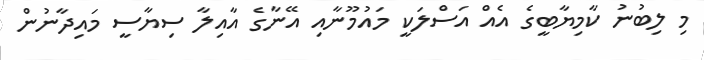
މި ލިބުނު ކާމިޔާބީގެ އެއް އަސްލަކީ މައުމޫނާއި އޭނާގެ އާއިލާ ސިޔާސީ މައިދާނުން